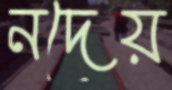
নদেয়